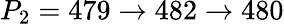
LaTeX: P_{2}=479\to 482\to 480